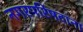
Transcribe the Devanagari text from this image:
नगरपरिषदांना